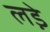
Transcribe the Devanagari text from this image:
लडे़